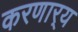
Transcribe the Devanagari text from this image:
करणार्‍य